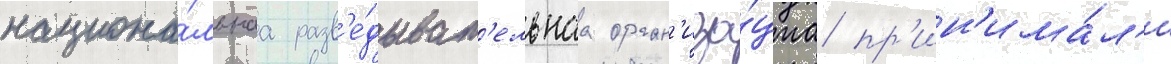
национа́льнаа разв'е́дыват'ельнаа орган'иза́циа пр'ин'има́л'и